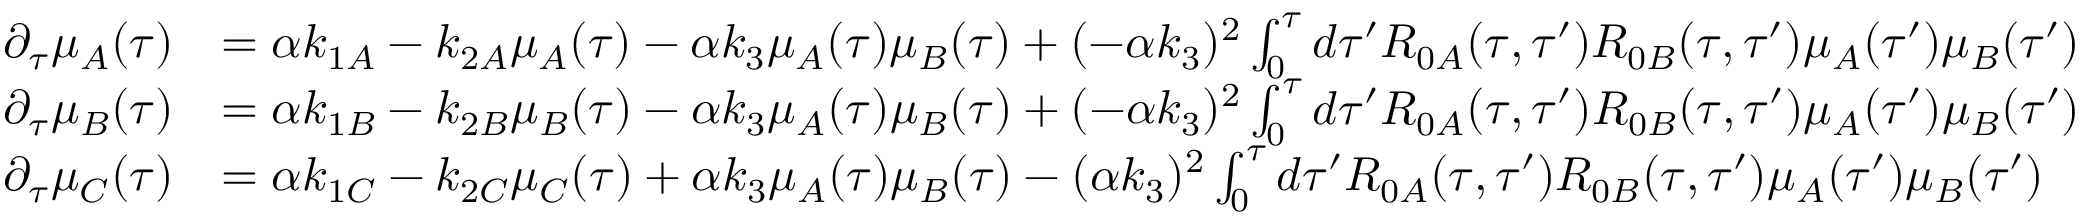
\begin{array} { r l } { \partial _ { \tau } \mu _ { A } ( \tau ) } & { = \alpha k _ { 1 A } - k _ { 2 A } \mu _ { A } ( \tau ) - \alpha k _ { 3 } \mu _ { A } ( \tau ) \mu _ { B } ( \tau ) + ( - \alpha k _ { 3 } ) ^ { 2 } \int _ { 0 } ^ { \tau } d \tau ^ { \prime } R _ { 0 A } ( \tau , \tau ^ { \prime } ) R _ { 0 B } ( \tau , \tau ^ { \prime } ) \mu _ { A } ( \tau ^ { \prime } ) \mu _ { B } ( \tau ^ { \prime } ) } \\ { \partial _ { \tau } \mu _ { B } ( \tau ) } & { = \alpha k _ { 1 B } - k _ { 2 B } \mu _ { B } ( \tau ) - \alpha k _ { 3 } \mu _ { A } ( \tau ) \mu _ { B } ( \tau ) + ( - \alpha k _ { 3 } ) ^ { 2 } \int _ { 0 } ^ { \tau } d \tau ^ { \prime } R _ { 0 A } ( \tau , \tau ^ { \prime } ) R _ { 0 B } ( \tau , \tau ^ { \prime } ) \mu _ { A } ( \tau ^ { \prime } ) \mu _ { B } ( \tau ^ { \prime } ) } \\ { \partial _ { \tau } \mu _ { C } ( \tau ) } & { = \alpha k _ { 1 C } - k _ { 2 C } \mu _ { C } ( \tau ) + \alpha k _ { 3 } \mu _ { A } ( \tau ) \mu _ { B } ( \tau ) - ( \alpha k _ { 3 } ) ^ { 2 } \int _ { 0 } ^ { \tau } d \tau ^ { \prime } R _ { 0 A } ( \tau , \tau ^ { \prime } ) R _ { 0 B } ( \tau , \tau ^ { \prime } ) \mu _ { A } ( \tau ^ { \prime } ) \mu _ { B } ( \tau ^ { \prime } ) } \end{array}